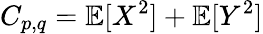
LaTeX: C_{p,q}=\mathbb{E}[X^{2}]+\mathbb{E}[Y^{2}]